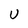
Character: U